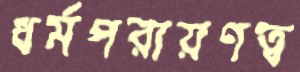
ধর্মপরায়ণত্ব